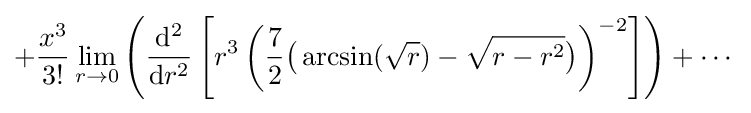
+{\frac {x^{3}}{3!}}\lim _{r\to 0}\left({\frac {\mathrm {d} ^{2}}{\mathrm {d} r^{2}}}\left[r^{3}\left({\frac {7}{2}}{\bigl (}\arcsin({\sqrt {r}})-{\sqrt {r-r^{2}}}{\bigr )}\right)^{-2}\right]\right)+\cdots